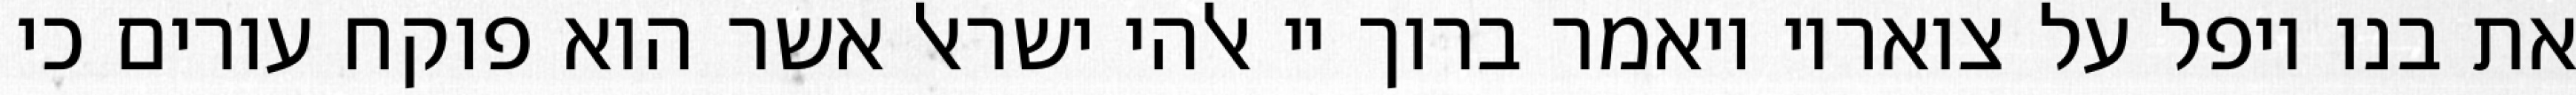
את בנו ויפל על צואריו ויאמר ברוך יי אלהי ישראל אשר הוא פוקח עורים כי